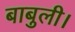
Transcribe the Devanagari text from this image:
बाबुली।